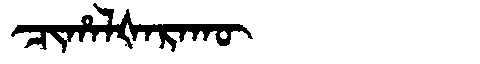
Manchu: ᠴᡳᡥᠠᠯᡧᠠᡵᠠᡴᡡ
Romanization: CIHALŠARAKŪ